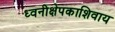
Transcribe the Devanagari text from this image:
ध्वनीक्षेपकाशिवाय